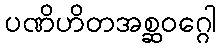
ပဏိဟိတအစ္ဆဝဂ္ဂေါ